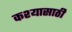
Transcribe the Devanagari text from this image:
कश्यासाठी